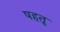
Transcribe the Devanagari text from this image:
षहतू